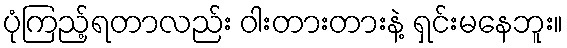
ပုံကြည့်ရတာလည်း ဝါးတားတားနဲ့ ရှင်းမနေဘူး။